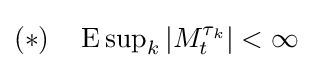
\textstyle (*)\quad \operatorname {E} \sup _{k}|M_{t}^{\tau _{k}}|<\infty